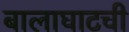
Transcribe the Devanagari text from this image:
बालाघाटची